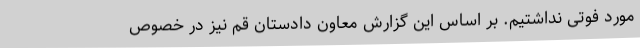
مورد فوتی نداشتیم. بر اساس این گزارش معاون دادستان قم نیز در خصوص